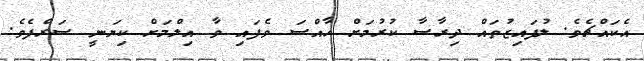
އެކައްޗެވެ. ލުފައިޒުތައް ދިރާސާ ކުރުމަށް ހާއްސަ ވެފައި ވާ އިލްމަށް ކިޔަނީ ސަރްފެވެ.